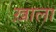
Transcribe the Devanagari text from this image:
ख़ाला